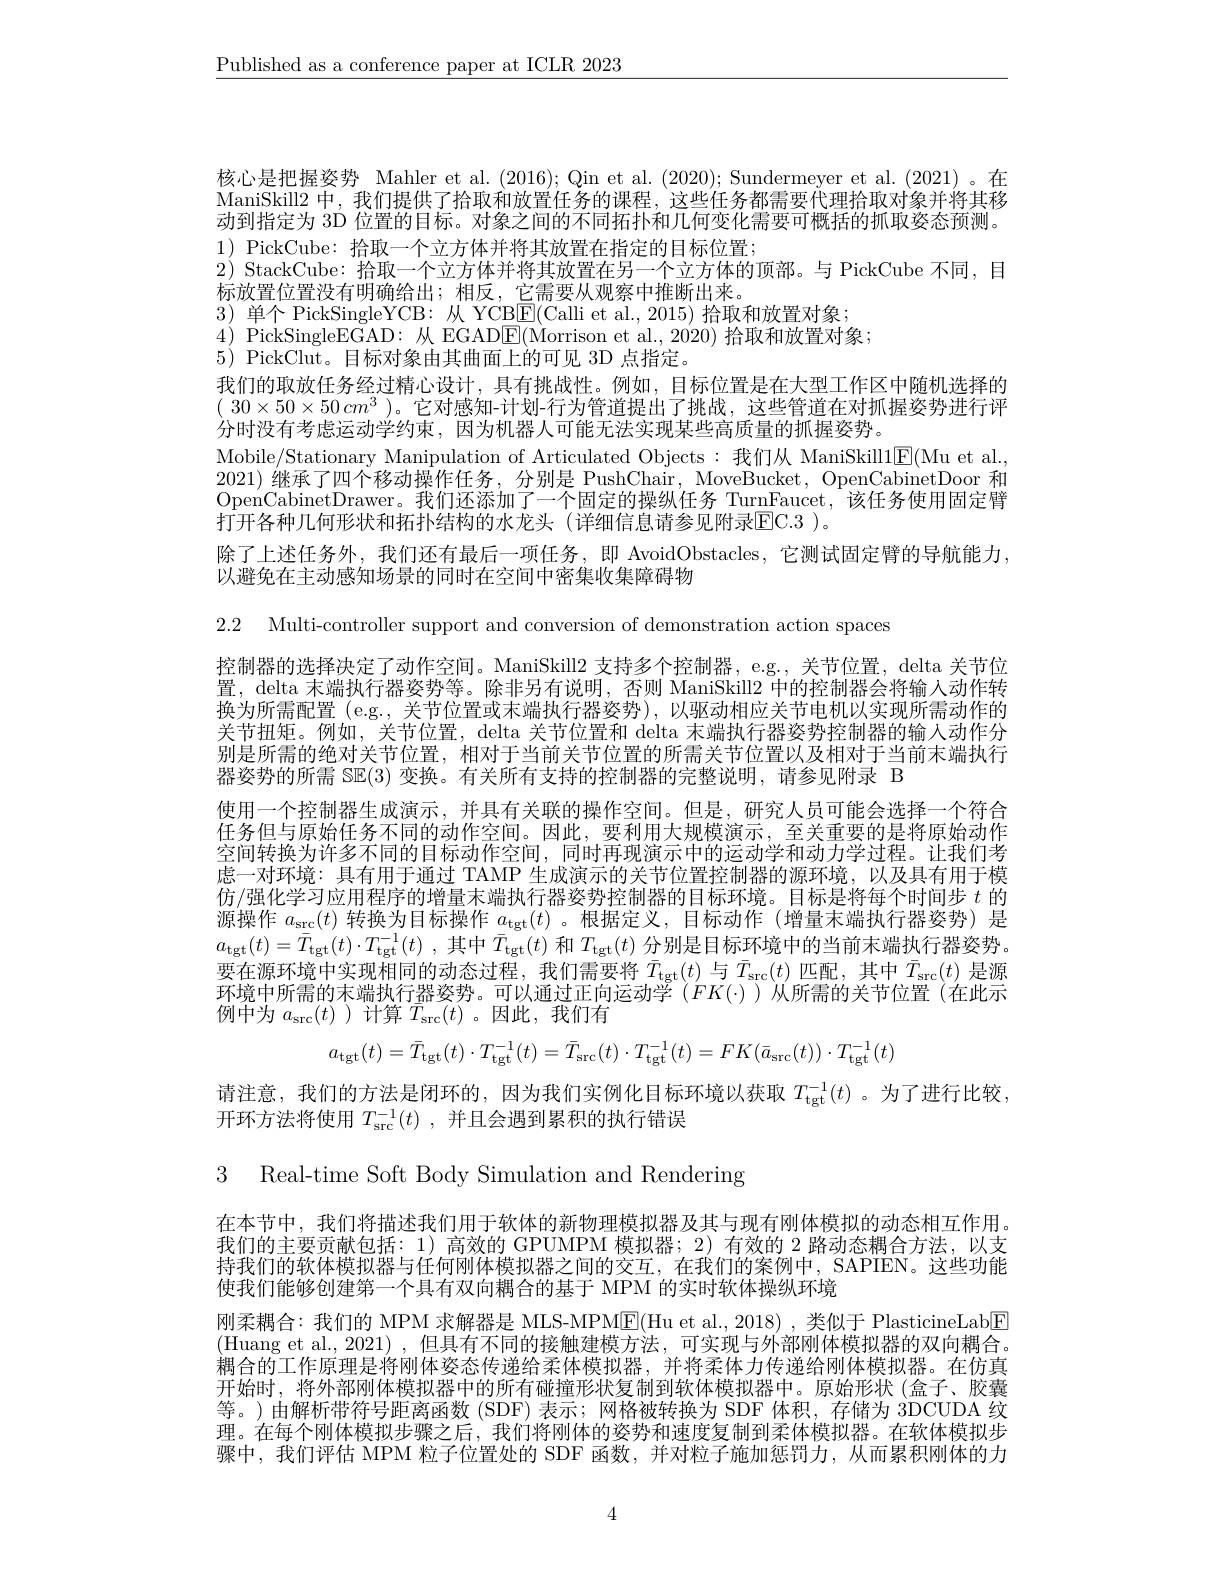
$\underline{\text{Published as a conference paper at ICLR 2023}}$

核心是把握姿势 Mahler et al.(2016); Qin et al.(2020); Sundermeyer et al.(2021)。在ManiSkill2 中，我们提供了拾取和放置任务的课程，这些任务都需要代理拾取对象并将其移动到指定为 3D 位置的目标。对象之间的不同拓扑和几何变化需要可概括的抓取姿态预测。1) PickCube: 拾取一个立方体并将其放置在指定的目标位置；
2) StackCube: 拾取一个立方体并将其放置在另一个立方体的顶部。与 PickCube 不同，目
标放置位置没有明确给出；相反，它需要从观察中推断出来。
3)单个 PickSingleYCB:从 YCB$\boxed{\mathrm{F}}($Calli et al.,2015) 拾取和放置对象；
4) PickSingleEGAD: 从 EGAD$\boxed{\mathrm{F}}($Morrison et al.,2020)拾取和放置对象；
5) PickClut。目标对象由其曲面上的可见 3D 点指定。
我们的取放任务经过精心设计，具有挑战性。例如，目标位置是在大型工作区中随机选择的$(\begin{array}{c}30\times50\times50cm^{3}\end{array})$。它对感知-计划-行为管道提出了挑战，这些管道在对抓握姿势进行评分时没有考虑运动学约束，因为机器人可能无法实现某些高质量的抓握姿势。
Mobile/Stationary Manipulation of Articulated Objects:我们从 ManiSkill1$\underline{\mathrm{E}}($Mu et al. 2021)继承了四个移动操作任务，分别是 PushChair, MoveBucket, OpenCabinetDoor 和OpenCabinetDrawer。我们还添加了一个固定的操纵任务 TurnFaucet,该任务使用固定臂打开各种几何形状和拓扑结构的水龙头(详细信息请参见附录$\boxed{\mathrm{EC.3~}}$)。
除了上述任务外，我们还有最后一项任务，即 AvoidObstacles,它测试固定臂的导航能力，
以避免在主动感知场景的同时在空间中密集收集障碍物

2.2 Multi-controller support and conversion of demonstration action spaces

控制器的选择决定了动作空间。ManiSkill2 支持多个控制器，eg., 关节位置，delta 关节位置，delta 末端执行器姿势等。除非另有说明，否则 ManiSkill2 中的控制器会将输人动作转换为所需配置 (e.g., 关节位置或末端执行器姿势),以驱动相应关节电机以实现所需动作的关节扭矩。例如，关节位置，delta 关节位置和 delta 末端执行器姿势控制器的输入动作分别是所需的绝对关节位置，相对于当前关节位置的所需关节位置以及相对于当前末端执行器姿势的所需 S$\mathbb{E}(3)$变换。有关所有支持的控制器的完整说明，请参见附录 B
使用一个控制器生成演示，并具有关联的操作空间。但是，研究人员可能会选择一个符合任务但与原始任务不同的动作空间。因此，要利用大规模演示，至关重要的是将原始动作空间转换为许多不同的目标动作空间，同时再现演示中的运动学和动力学过程。让我们考虑一对环境：具有用于通过 TAMP 生成演示的关节位置控制器的源环境，以及具有用于模仿/强化学习应用程序的增量末端执行器姿势控制器的目标环境。目标是将每个时间步$t$的源操作$a_\mathrm{src}(t)$转换为目标操作$a_\mathrm{tgt}(t)$。根据定义，目标动作 (增量末端执行器姿势)是$a_{\mathrm{tgt}}( t) = \bar{T} _{\mathrm{tgt}}( t) \cdot T_{\mathrm{tgt}}^{- 1}( t)$ ,其中$\bar{T}_{\mathrm{tgt}}(t)$ 和$T_\mathrm{tgt}(t)$ 分别是目标环境中的当前末端执行器姿势。要在源环境中实现相同的动态过程，我们需要将$\bar{T}_\mathrm{tgt}(t)$ 与$\bar{T}_\mathrm{src}(t)$ 匹配，其中$\bar{T}_\mathrm{src}(t)$ 是源环境中所需的末端执行器姿势。可以通过正向运动学($FK(\cdot)$)从所需的关节位置(在此示例中为$a_\mathrm{src}(t)$ )计算$\bar{T}_\mathrm{src}(t)$。因此，我们有
$$a_{\mathrm{tgt}}(t)=\bar{T}_{\mathrm{tgt}}(t)\cdot T_{\mathrm{tgt}}^{-1}(t)=\bar{T}_{\mathrm{src}}(t)\cdot T_{\mathrm{tgt}}^{-1}(t)=FK(\bar{a}_{\mathrm{src}}(t))\cdot T_{\mathrm{tgt}}^{-1}(t)$$
请注意，我们的方法是闭环的，因为我们实例化目标环境以获取$T_{\mathrm{tgt}}^{-1}(t)$ 。为了进行比较，
开环方法将使用$T_{\mathrm{src}}^{-1}(t)$,并且会遇到累积的执行错误

3 Real-time Soft Body Simulation and Rendering

在本节中，我们将描述我们用于软体的新物理模拟器及其与现有刚体模拟的动态相互作用。我们的主要贡献包括：1) 高效的 GPUMPM 模拟器；2) 有效的 2 路动态耦合方法，以支持我们的软体模拟器与任何刚体模拟器之间的交互，在我们的案例中，SAPIEN。这些功能使我们能够创建第一个具有双向耦合的基于 MPM 的实时软体操纵环境

刚柔耦合：我们的 MPM 求解器是 MLS-MPM$\boxed{\mathrm{F}}($Hu et al., 2018) , 类似于 PlasticineLab$\boxed{\mathrm{F}}$ (Huang et al., 2021) , 但具有不同的接触建模方法，可实现与外部刚体模拟器的双向耦合。耦合的工作原理是将刚体姿态传递给柔体模拟器，并将柔体力传递给刚体模拟器。在仿真开始时，将外部刚体模拟器中的所有碰撞形状复制到软体模拟器中。原始形状(盒子、胶囊等。)由解析带符号距离函数(SDF)表示；网格被转换为 SDF 体积，存储为 3DCUDA 纹理。在每个刚体模拟步骤之后，我们将刚体的姿势和速度复制到柔体模拟器。在软体模拟步骤中，我们评估 MPM 粒子位置处的 SDF 函数，并对粒子施加惩罚力，从而累积刚体的力

4